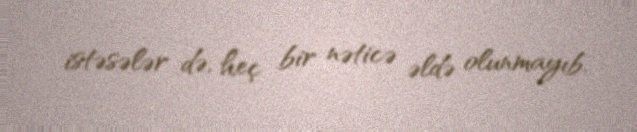
istəsələr də, heç bir nəticə əldə olunmayıb.